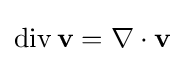
\operatorname {div} \mathbf {v} =\nabla \cdot \mathbf {v}